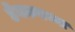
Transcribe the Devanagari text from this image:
डेक्कनच्या